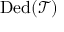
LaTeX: \operatorname { D e d } ( { \mathcal { T } } )